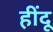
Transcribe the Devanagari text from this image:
हींदू